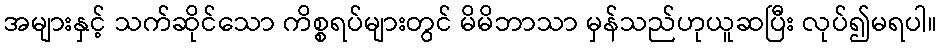
အများနှင့် သက်ဆိုင်သော ကိစ္စရပ်များတွင် မိမိဘာသာ မှန်သည်ဟုယူဆပြီး လုပ်၍မရပါ။